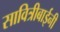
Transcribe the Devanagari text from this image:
सावित्रीबाईनी